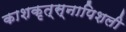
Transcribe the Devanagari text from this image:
काशकृत्स्नापिशली